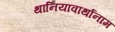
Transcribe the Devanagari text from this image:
थानियावार्थानाम